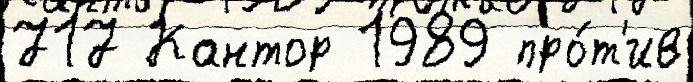
717 Кантор 1989 про́т'ив